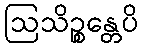
ဩသိဉ္စန္တေပိ